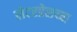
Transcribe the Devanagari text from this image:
लेटरप्रेसच्या